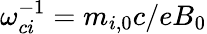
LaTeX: \omega_{ci}^{-1}=m_{i,0}c/eB_{0}